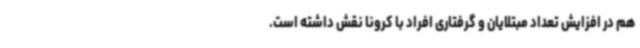
هم در افزایش تعداد مبتلایان و گرفتاری افراد با کرونا نقش داشته است.